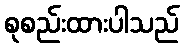
စုစည်းထားပါသည်